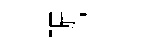
賑宫